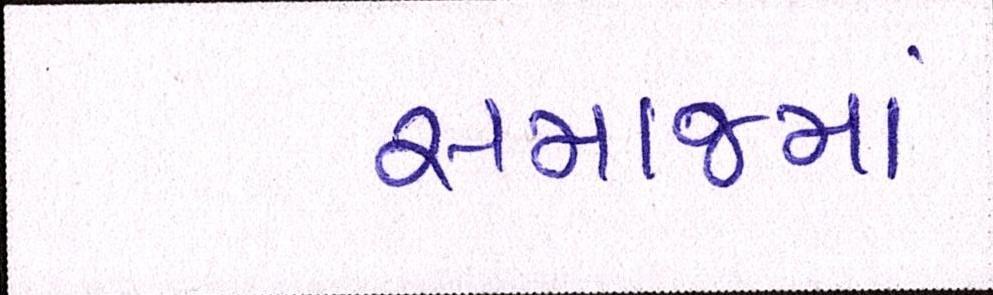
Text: સમાજમાં